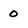
Character: O